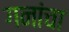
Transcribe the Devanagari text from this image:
गनांचा